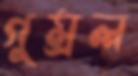
গুম্‌রল